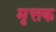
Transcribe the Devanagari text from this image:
मृत्तक